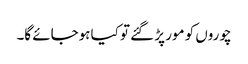
چوروں کو مور پڑ گئے تو کیا ہوجائے گا۔